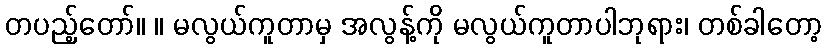
တပည့်တော်။ ။ မလွယ်ကူတာမှ အလွန့်ကို မလွယ်ကူတာပါဘုရား၊ တစ်ခါတော့